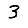
Digit: 3